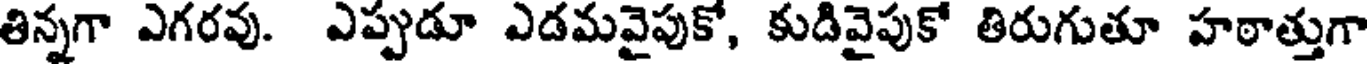
తిన్నగా ఎగరవు. ఎప్పుడూ ఎడమవైపుకో, కుడివైపుకో తిరుగుతూ హఠాత్తుగా